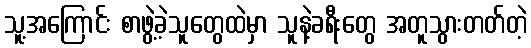
သူ့အကြောင်း စာဖွဲ့ခဲ့သူတွေထဲမှာ သူနဲ့ခရီးတွေ အတူသွားတတ်တဲ့